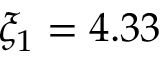
\xi _ { 1 } = 4 . 3 3